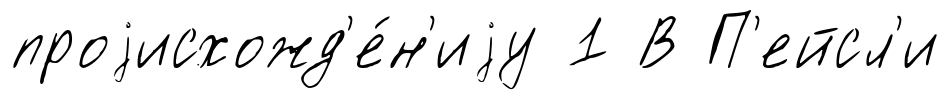
проjисхожд'е́н'иjу 1 В П'ейсл'и